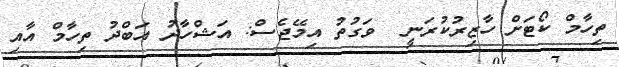
ތިހާމް ކޯޓަށް ހާޒިރުކުރަނީ  ވަގުތު އިމޭޖެސް: އަޝްހާދު އަބްދު ތިހާމް އާއި